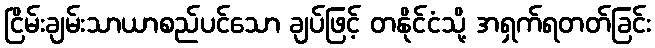
ငြိမ်းချမ်းသာယာစည်ပင်သော ချပ်ဖြင့် တနိုင်ငံသို့ အရှက်ရတတ်ခြင်း